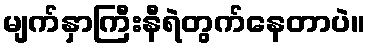
မျက်နှာကြီးနီရဲတွက်နေတာပဲ။